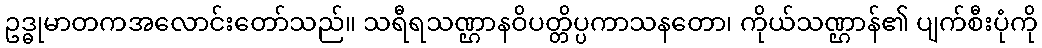
ဥဒ္ဓုမာတကအလောင်းတော်သည်။ သရီရသဏ္ဌာနဝိပတ္တိပ္ပကာသနတော၊ ကိုယ်သဏ္ဌာန်၏ ပျက်စီးပုံကို